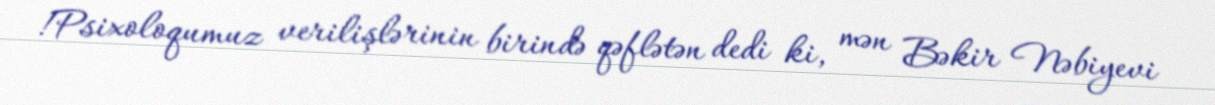
!Psixoloqumuz verilişlərinin birində qəflətən dedi ki, mən Bəkir Nəbiyevi